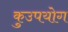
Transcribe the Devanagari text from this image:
कुउपयोग